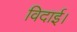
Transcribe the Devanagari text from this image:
विदाई।